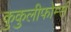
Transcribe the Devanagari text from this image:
कुकुलीफोर्म्स